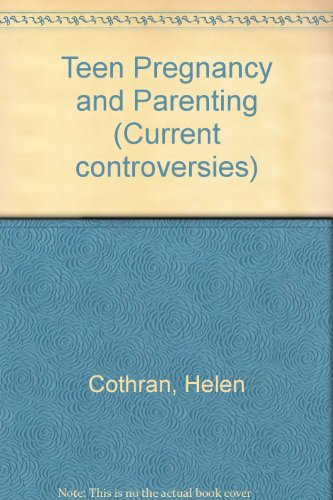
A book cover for Current Controversies - Teen Pregnancy and Parenting (hardcover edition); Teen & Young Adult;